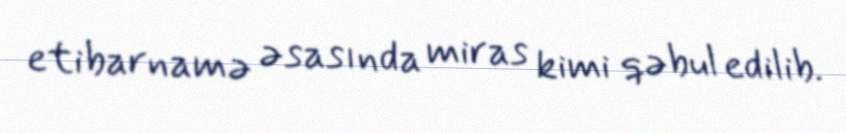
etibarnamə əsasında miras kimi qəbul edilib.